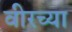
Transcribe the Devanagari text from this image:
वीरच्या